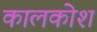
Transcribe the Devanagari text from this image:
कालकोश